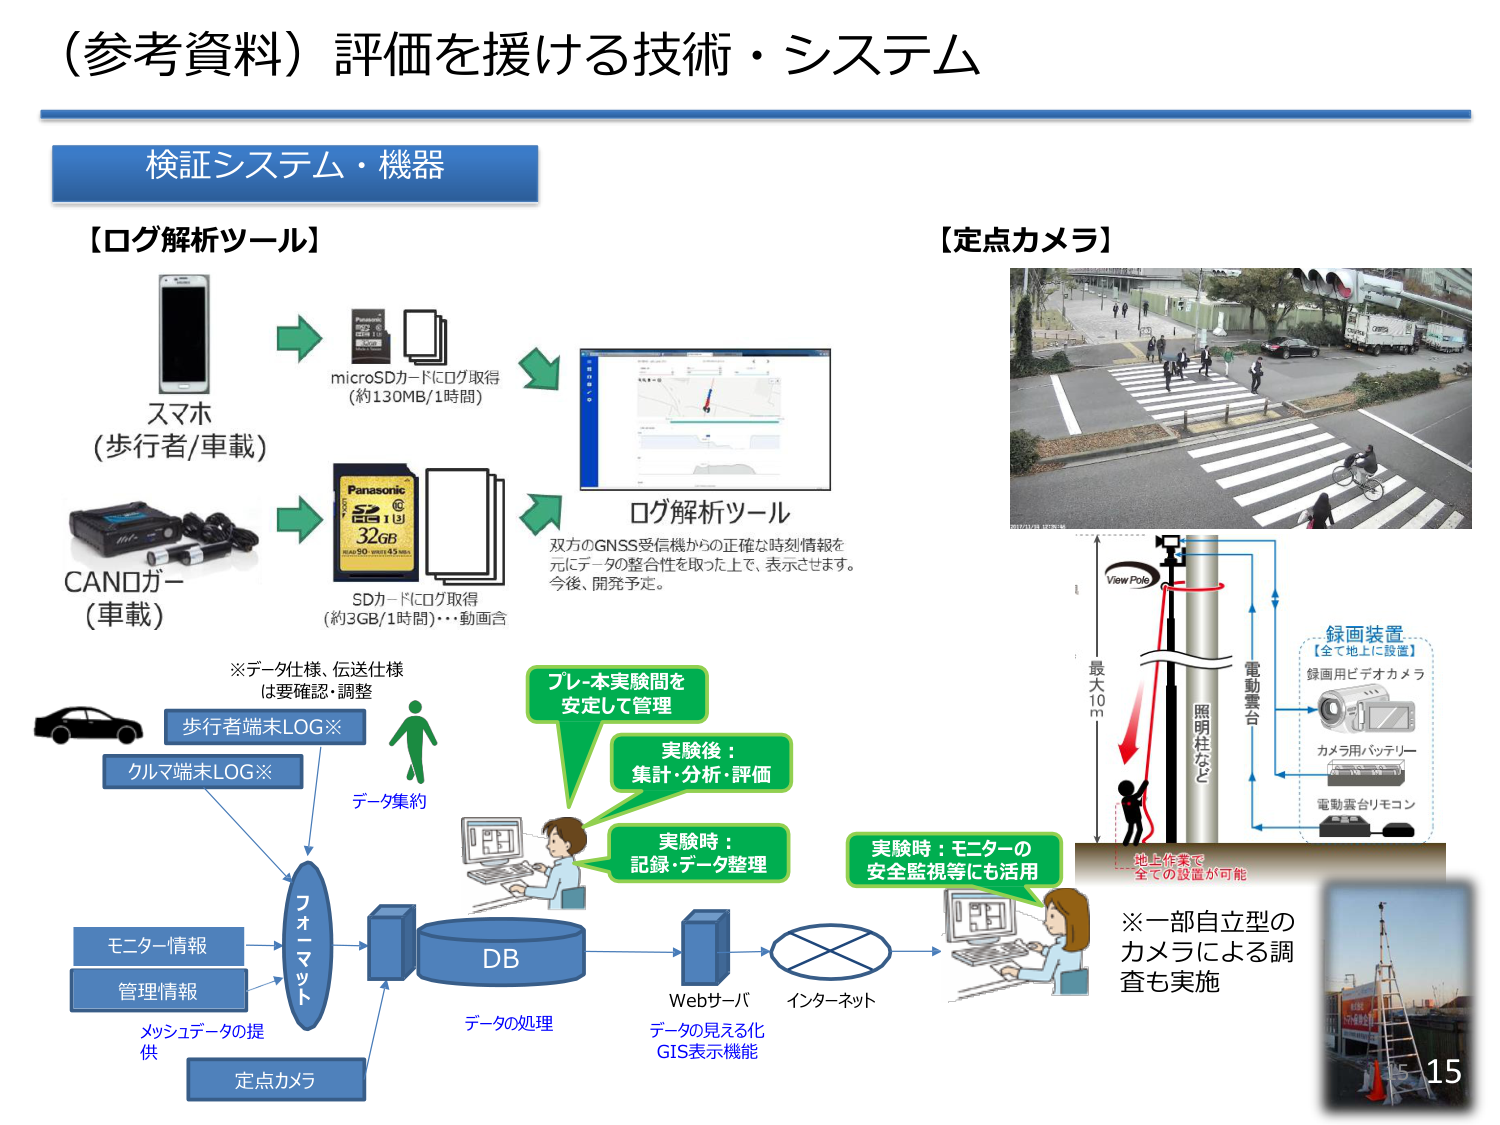
（参考資料）評価を援ける技術・システム

検証システム・機器

【ログ解析ツール】
スマホ
（歩行者/車載）
microSDカードにログ取得
（約130MB/1時間）
CANOガー
（車載）
SDカードにログ取得
（約3GB/1時間）・・・動画含
ログ解析ツール
双方のGNSS受信機からの正確な時刻情報を
元にデータの整合性を取った上で、表示させます。
今後、開発予定。

※データ仕様、伝送仕様
は要確認・調整
歩行者端末LOG※
クルマ端末LOG※
データ集約
フォーマット
モニター情報
管理情報
メッセージデータの提供
定点カメラ
DB
データの処理
Webサーバ
インターネット
データの見える化
GIS表示機能

プレ・本実験間を
安定して管理
実験後：
集計・分析・評価
実験時：
記録・データ整理
実験時：モニターの
安全監視等にも活用

【定点カメラ】
View Pole
最大10m
照明柱など
電動雲台
録画装置
【全て地上に設置】
録画用ビデオカメラ
カメラ用バッテリー
電動雲台リモコン
地上作業で
全ての設置が可能
※一部自立型の
カメラによる調査も実施

15